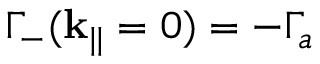
\Gamma _ { - } ( \mathbf { k } _ { | | } = 0 ) = - \Gamma _ { a }